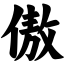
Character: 傲